Tartu_pedagoogiumi_aruanded, lk 19
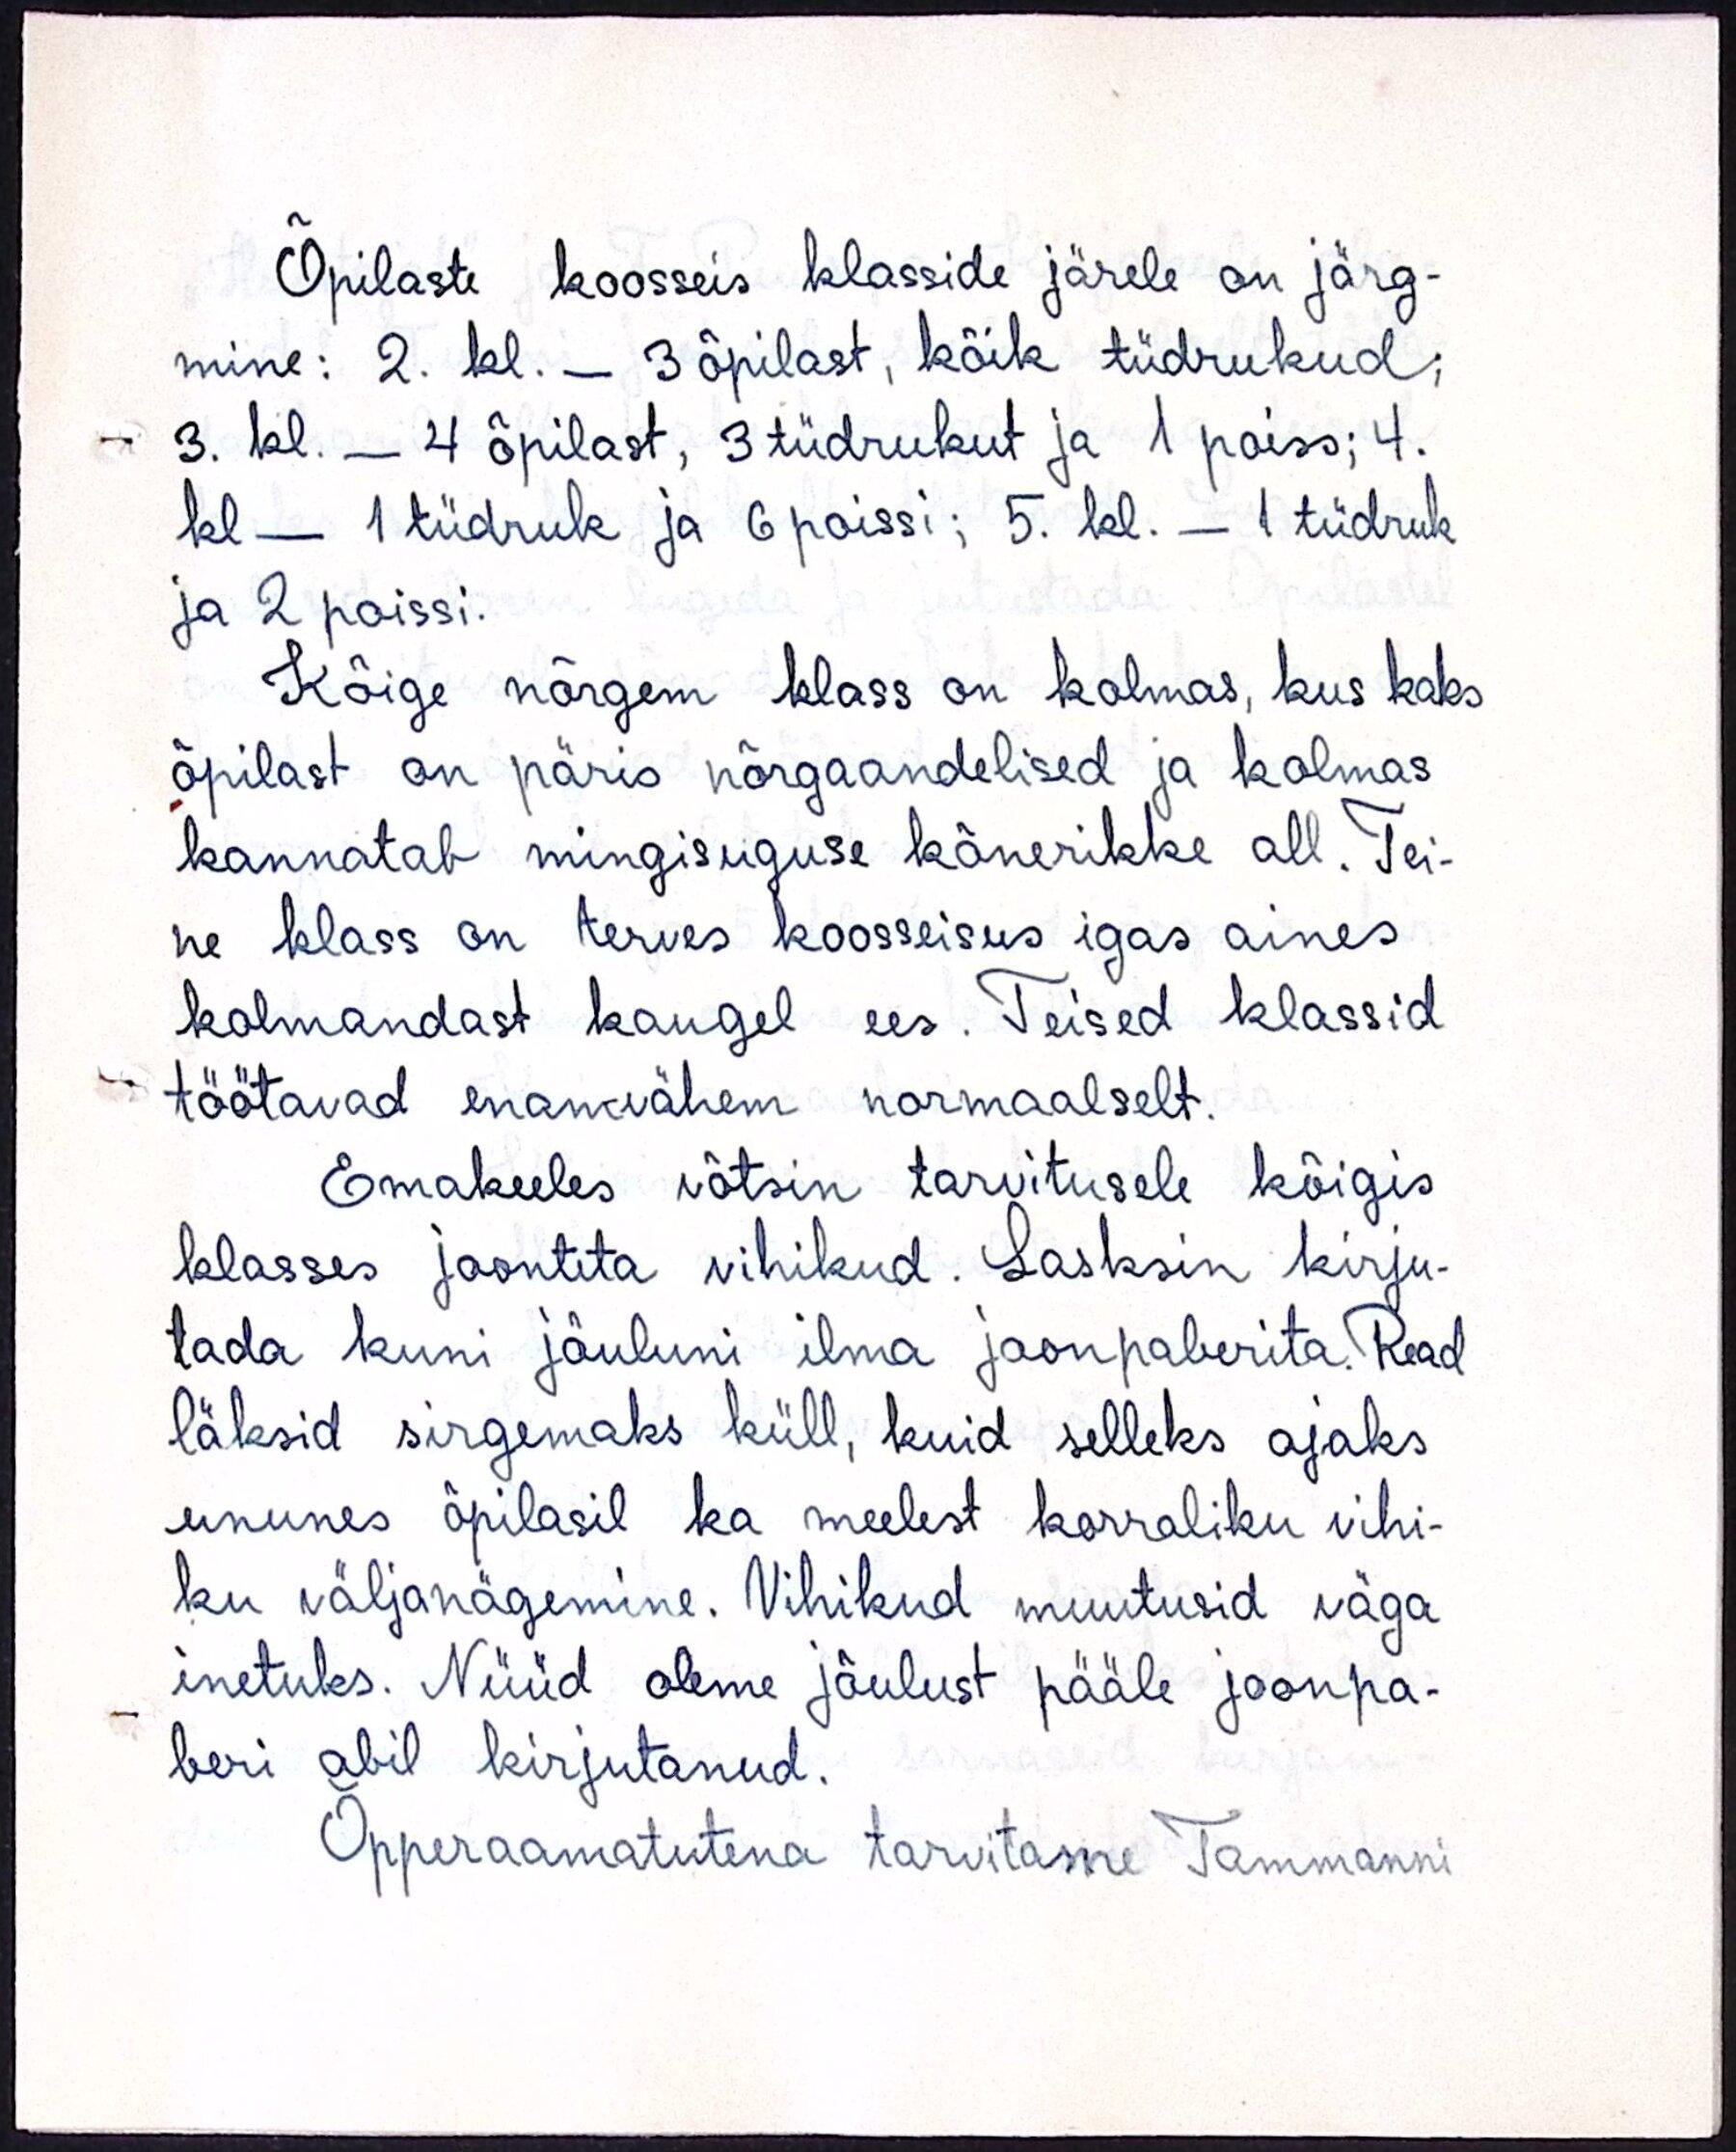
Õpilaste koosseis klasside järele on järg-
mine: 2. kl. - 3 õpilast, kõik tüdrukud;
3. kl. - 4 õpilast, 3 tüdrukut ja 1 poiss; 4.
kl - 1 tüdruk ja 6 poissi; 5. kl. - 1 tüdruk
ja 2 poissi.
Kõige nõrgem klass on kolmas, kus kaks
õpilast on päris nõrgaandelised ja kolmas
kannatab mingisuguse kõnerikke all. Tei-
ne klass on terves koosseisus igas aines
kolmandast kaugel ees. Teised klassid
töötavad enamähem normaalselt.
Emakeeles võtsin tarvitusele kõigis
klassis joontita vihikud. Lasksin kirju-
tada kuni jõuluni ilma joonpaberita. Read
läksid sirgemaks küll, kuid selleks ajaks
ununes õpilasil ka meelest korraliku vihi-
ku väljanägemine. Vihikud muutusid väga
inetuks. Nüüd oleme jõulust pääle joonpa-
beri abil kirjutanud.
Õpperaamatutena tarvitame Tammanni